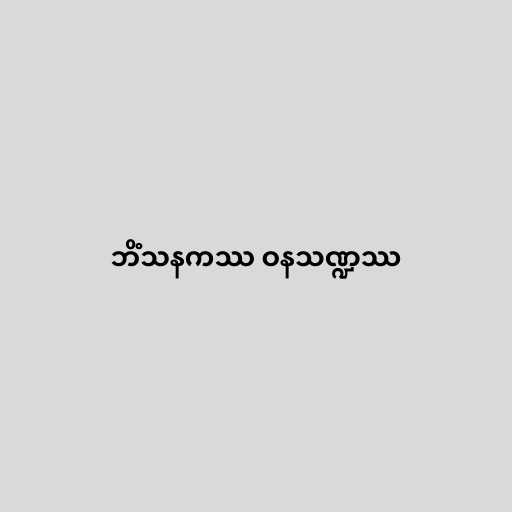
ဘိံသနကဿ ဝနသဏ္ဍဿ